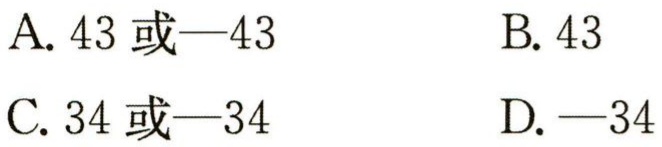
A. \(43\)或\(-43\)  B. \(43\)
C. \(34\)或\(-34\)  D. \(-34\)